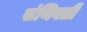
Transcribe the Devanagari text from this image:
संथिवती